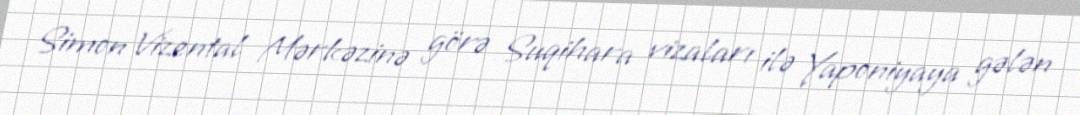
Simon Vizental Mərkəzinə görə Suqihara vizaları ilə Yaponiyaya gələn